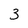
Character: 3